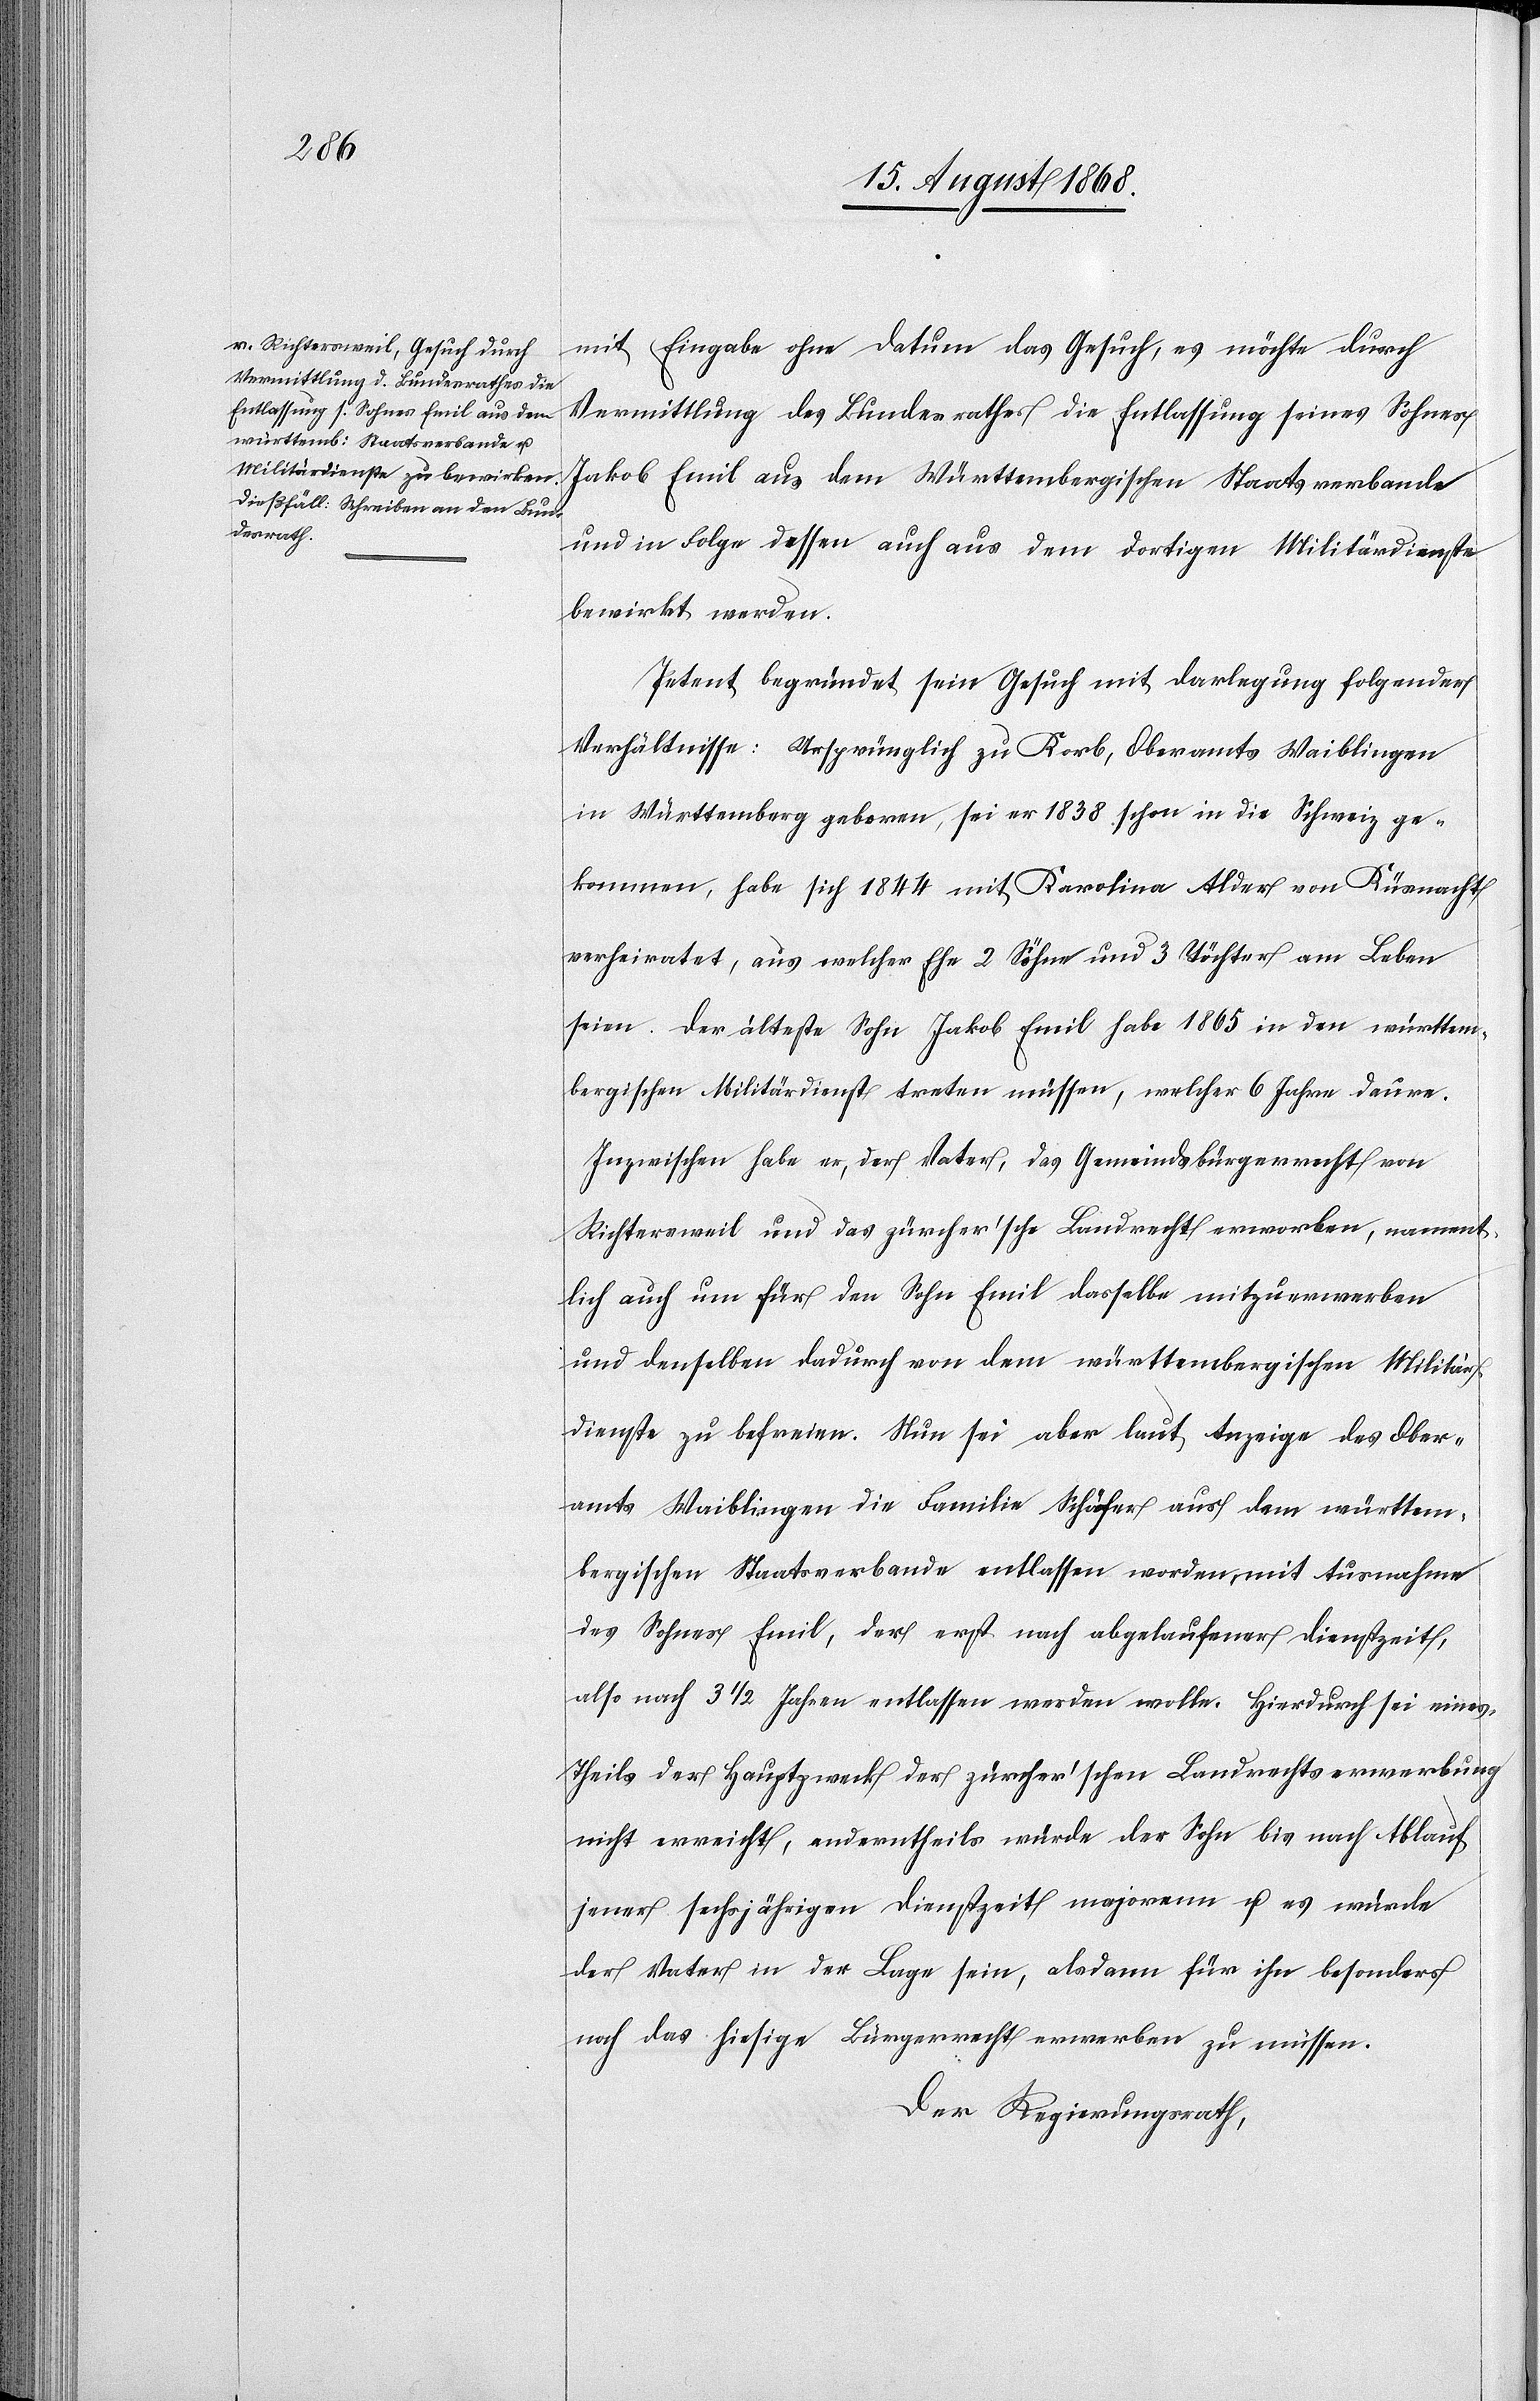
mit Eingabe ohne Datum das Gesuch, es möchte durch
Vermittlung des Bundesrathes die Entlassung seines Sohnes
Jakob Emil aus dem Württembergischen Staatsverbande
und in Folge dessen auch aus dem dortigen Militärdienste
bewirkt werden.
Petent begründet sein Gesuch mit Darlegung folgender
Verhältnisse: Ursprünglich zu Korb, Oberamts Waiblingen
in Württemberg geboren, sei er 1838 schon in die Schweiz ge¬
kommen, habe sich 1844 mit Karolina Alder von Küsnacht
verheiratet, aus welcher Ehe 2 Söhne und 3 Töchter am Leben
seien. Der älteste Sohn Jakob Emil habe 1865 in den württem¬
bergischen Militärdienst treten müssen, welcher 6 Jahre daure.
Inzwischen habe er, der Vater, das Gemeindsbürgerrecht von
Richtersweil und das zürcher’sche Landrecht erworben, nament¬
lich auch um für den Sohn Emil dasselbe mitzuerwerben
und denselben dadurch von dem württembergischen Militär¬
dienste zu befreien. Nun sei aber laut Anzeige des Ober¬
amts Waiblingen die Familie Schäfer aus dem württem¬
bergischen Staatsverbande entlassen worden, mit Ausnahme
des Sohnes Emil, der erst nach abgelaufener Dienstzeit,
also nach 3 1/2 Jahren entlassen werden wolle. Hierdurch sei eines¬
theils der Hauptzweck der zürcher’schen Landrechtserwerbung
nicht erreicht, anderntheils würde der Sohn bis nach Ablauf
jener sechsjährigen Dienstzeit majorenn u. es würde
der Vater in der Lage sein, alsdann für ihn besonders
noch das hiesige Bürgerrecht erwerben zu müssen.
Der Regierungsrath,